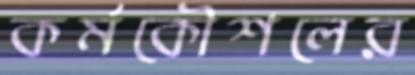
কর্মকৌশলের